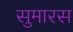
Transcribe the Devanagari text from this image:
सुमारस